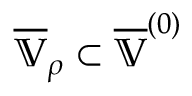
\overline { { \mathbb { V } } } _ { \rho } \subset \overline { { \mathbb { V } } } ^ { ( 0 ) }